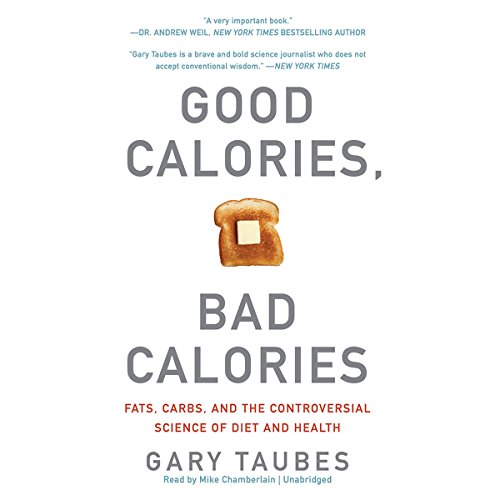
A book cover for Good Calories, Bad Calories: Fats, Carbs, and the Controversial Science of Diet and Health; Gary Taubes; Health, Fitness & Dieting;